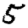
Digit: 5